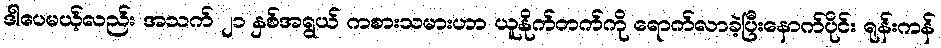
ဒါပေမယ့်လည်း အသက် ၂၁ နှစ်အရွယ် ကစားသမားဟာ ယူနိုက်တက်ကို ရောက်လာခဲ့ပြီးနောက်ပိုင်း ရုန်းကန်